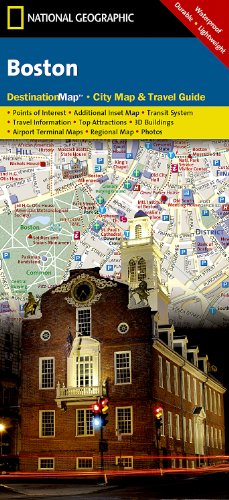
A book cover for Boston (National Geographic Destination City Map); National Geographic Maps; Travel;